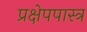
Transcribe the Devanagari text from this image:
प्रक्षेपपास्त्र